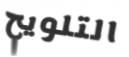
التلويح